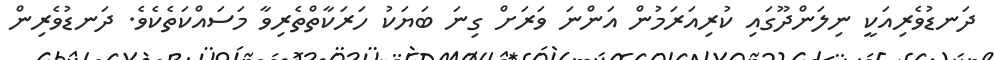
ދަނޑުވެރިއަކީ ނިލަންދޫގައި ކުރިއަރަމުން އަންނަ ވަރަށް ގިނަ ބަޔަކު ހަރަކާތްތެރިވާ މަސައްކަތެކެވެ. ދަނޑުވެރިން